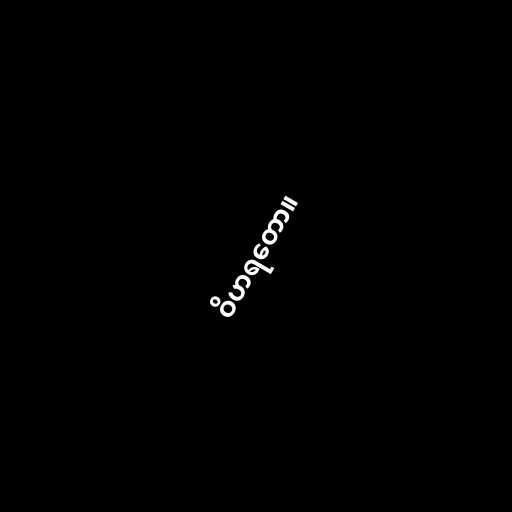
ဝိဟရတော။